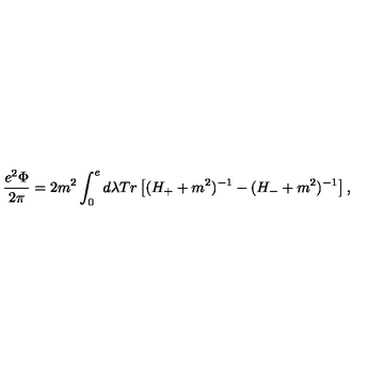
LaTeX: \displaystyle \frac { e ^ { 2 } \Phi } { 2 \pi } = 2 m ^ { 2 } \displaystyle \int _ { 0 } ^ { e } d \lambda T r \left[ ( H _ { + } + m ^ { 2 } ) ^ { - 1 } - ( H _ { - } + m ^ { 2 } ) ^ { - 1 } \right] ,